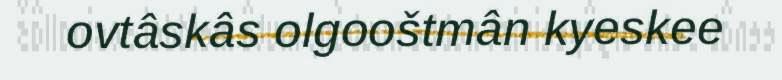
ovtâskâs olgooštmân kyeskee